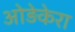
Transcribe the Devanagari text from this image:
ओड़ेकेरा